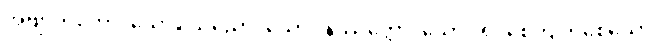
အဗျာကတော၊ သော။ သုညော၊ သော။ နိဿတ္တော၊ သော။ ရင့်စေကျက်စေသော